Emmaste_vallavalitsus, lk 14
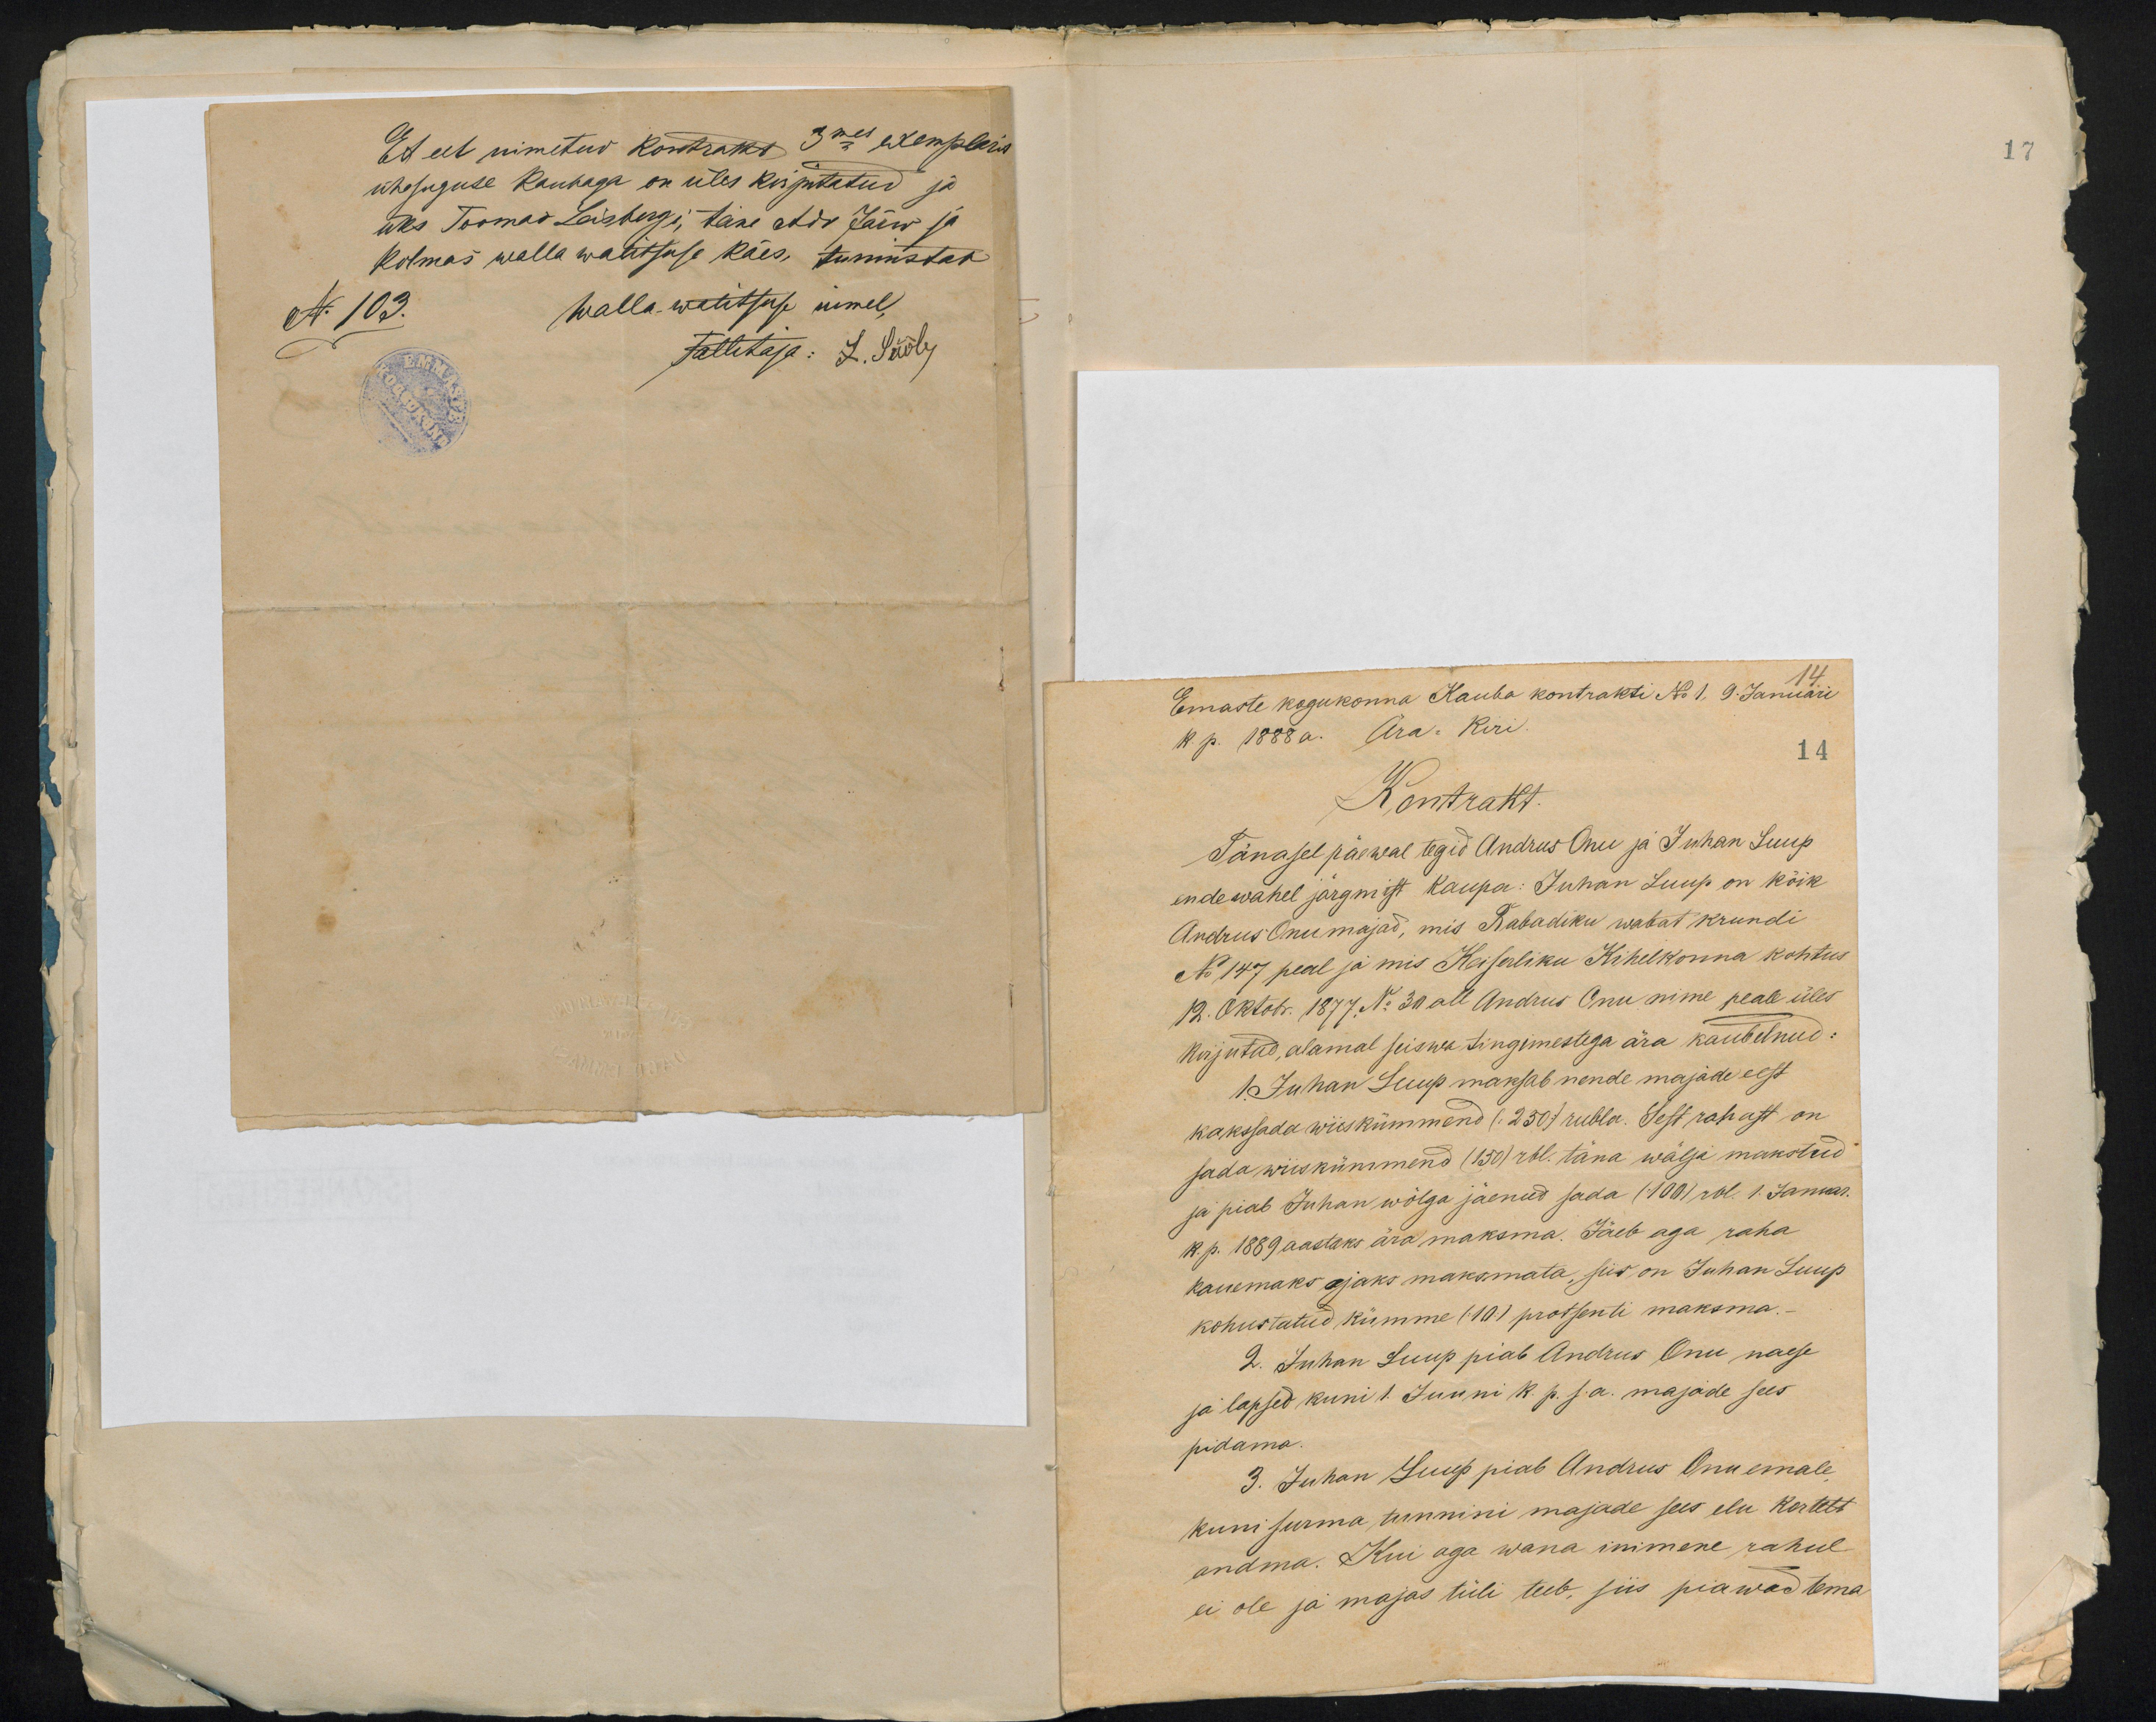
Et eel nimetud kontrakt 3mes exemplaris
ühesuguse kaubaga on üles kirjutatud ja
üks Toomas Laisbergi, teine Ado Järw ja
kolmas walla walitsuse käes, tunnistab
N. 103.
walla walitsuse nimel
Tallitaja: L. Sööle,

17

Emaste kogukonna Kauba kontrakti No 1, 9. Januari
k. p. 1888 a. Ära-Kiri.
14
Kontrakt.
Tänasel päewal tegid Andrus Onu ja Juhan Luup
endewahel järgmist kaupa: Juhan Luup on kõik
Andrus Onu majad, mis Rabadiku wabat krundi
No 147 peal ja mis Keiserliku Kihelkonna kohtus
12. Oktobr. 1877. No 30 all Andrus Onu nime peale üles
kirjutud, alamal seiswa tingimestega ära kaubelnud:
1. Juhan Luup maksab nende majade eest
kakssada wiiskümmend (250) rubla. Sest rahast on
sada wiiskümmend (150) rbl. täna wälja makstud
ja piab Juhan wõlga jäenud sada (100) rbl. 1. Januar.
k. p. 1889 aastaks ära maksma. Jäeb aga raha
kauemaks ajaks maksmata, siis on Juhan Luup
kohustatud kümme (:10:) protsenti maksma.-
2. Juhan Luup piab Andrus Onu naese
ja lapsed kuni 1. Juuni k. p. s.a. majade sees
pidama.
3. Juhan Luup piab Andrus Onu emale
kuni surma tunnini majade sees elu kortelt
andma. Kui aga wana inimene rahul
ei ole ja majas tüli teeb, siis piawad tema